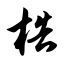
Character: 梏